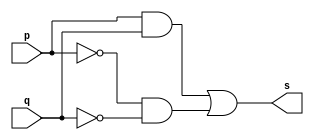
// ---------------------
// ---------------------
// Exemplo0008 - xnor
// Nome: Guilherme Augusto Bueno
// ---------------------
// ---------------------
// -- xor gate
// ---------------------
module xorgate (output [0:3] s,
                         input  [0:3] p,
                         input  [0:3] q);
assign s = (p&q|~p&~q) ;
endmodule // xxor
// ---------------------
// -- test xorgate
// ---------------------
module testxnorgate;
// ------------------------- dados locais
   reg  [0:3] a,b; // definir registrador
wire [0:3] s;   // definir conexao (fio)
// ------------------------- instancia
   xorgate XNOR1 (s, a, b);// ------------------------- preparacao
   initial begin:start
a=4'b0011;   // 4 valores binarios
            b=4'b0101;   // 4 valores binarios
   end
// ------------------------- parte principal
   initial begin:main
         $display("Exemplo0012 - Guilherme Augusto Bueno Borba - 451564");
         $display("Test xnor gate");
$display("\n  ab+a' b'     =     s\n");
         $monitor("%b ^ %b = %b", a, b, s);
  #1     a=0; b=0; // valores decimais
  #1     a=4'b0010; b=4'b0001; // valores binarios
  #1     a=4'd1;       b=3; // decimal e decimal
  #1     a=4'o5;       b=2; // octal   e decimal
  #1     a=4'hA;       b=3; // hexadecimal e decimal
  #1     a=4'h9;       b=4'o3; // hexadecimal e octal
end
endmodule // testxnorgate